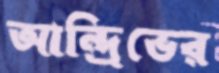
আন্দ্রিভের